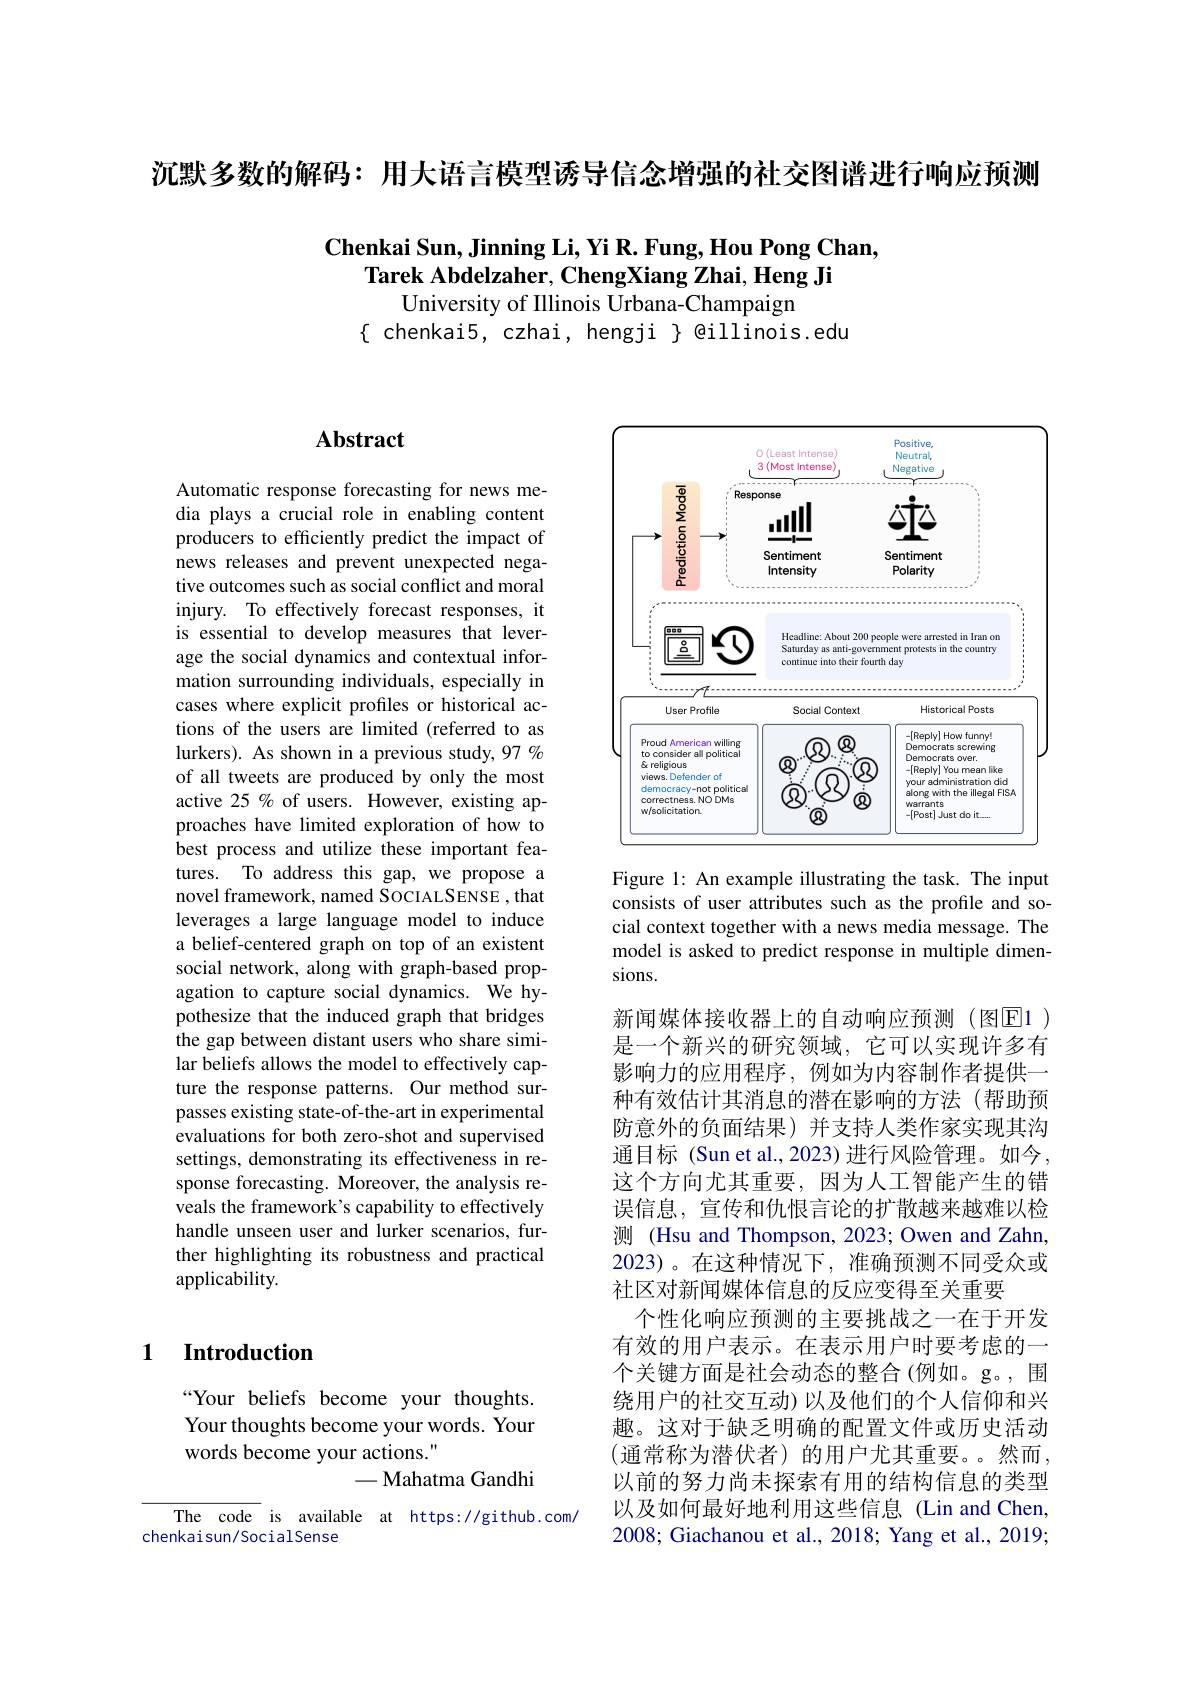
沉默多数的解码：用大语言模型诱导信念增强的社交图谱进行响应预测

$\textbf{Chenkai Sun, Jinning Li, Yi R. Fung, Hou Pong Chan, }$
Tarek Abdelzaher, ChengXiang Zhai, Heng Ji
University of Illinois Urbana-Champaign
$\{$ chenkai5, czhai, hengji $\}$ @illinois.edu

## $\mathbf{Abstract}$

Automatic response forecasting for news media plays a crucial role in enabling content producers to efficiently predict the impact of news releases and prevent unexpected negative outcomes such as social conflict and moral injury. To effectively forecast responses, it is essential to develop measures that leverage the social dynamics and contextual information surrounding individuals, especially in cases where explicit profiles or historical actions of the users are limited (referred to as lurkers). As shown in a previous study, 97 % of all tweets are produced by only the most active 25 % of users. However, existing approaches have limited exploration of how to best process and utilize these important features. To address this gap, we propose a novel framework, named SOCIALSENSE , that leverages a large language model to induce a belief-centered graph on top of an existent social network, along with graph-based propagation to capture social dynamics. We hypothesize that the induced graph that bridges the gap between distant users who share similar beliefs allows the model to effectively capture the response patterns. Our method surpasses existing state-of-the-art in experimental evaluations for both zero-shot and supervised settings, demonstrating its effectiveness in response forecasting. Moreover, the analysis reveals the framework's capability to effectively handle unseen user and lurker scenarios, further highlighting its robustness and practical applicability.

## 1 $\textbf{Introduction}$

“Your beliefs become your thoughts. Your thoughts become your words. Your words become your actions."
-Mahatma Gandhi

The code is available at https://github.com/
chenkaisun/SocialSense

<FigureHere>

Figure 1: An example illustrating the task. The input consists of user attributes such as the profile and social context together with a news media message. The model is asked to predict response in multiple dimensions.

新闻媒体接收器上的自动响应预测(图▣E1 ) 是一个新兴的研究领域，它可以实现许多有影响力的应用程序，例如为内容制作者提供一种有效估计其消息的潜在影响的方法(帮助预防意外的负面结果)并支持人类作家实现其沟通目标 (Sun et al., 2023) 进行风险管理。如今， 这个方向尤其重要，因为人工智能产生的错误信息，宣传和仇恨言论的扩散越来越难以检测 (Hsu and Thompson, 2023; Owen and Zahn, 2023)。在这种情况下，准确预测不同受众或社区对新闻媒体信息的反应变得至关重要
个性化响应预测的主要挑战之一在于开发有效的用户表示。在表示用户时要考虑的一个关键方面是社会动态的整合(例如。g。,围绕用户的社交互动)以及他们的个人信仰和兴趣。这对于缺乏明确的配置文件或历史活动(通常称为潜伏者)的用户尤其重要。然而， 以前的努力尚未探索有用的结构信息的类型以及如何最好地利用这些信息 (Lin and Chen, 2008; Giachanou et al., 2018; Yang et al., 2019;